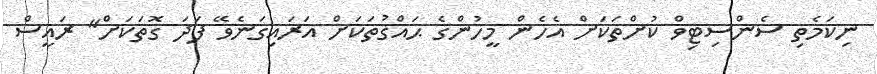
ނިކަމެތި ސެންސިޓިވް ކުށްތަކަށް އެހެން މީހުންގެ ޙައްޤުތަކަށް އަރައިގަނެވޭ ފަދަ ގޮތަކަށް" ރައީސް